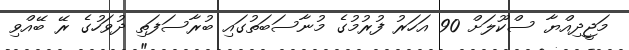
މަޖީދިއްޔާ ސްކޫލަށް 90 އަހަރު ފުރުމުގެ މުނާސަބަތުގައި ބުރާސަފަތި ދުވަހުގެ ރޭ ބޭއްވި